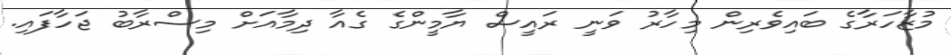
މުޒާހަރާގެ ބައިވެރިން މިހާރު ވަނީ ރައީސް ޔާމީންގެ ގެއާ ދިމާއަށް މިސްރާބު ޖަހާފައި.